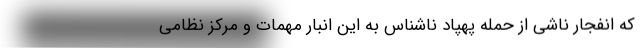
که انفجار ناشی از حمله پهپاد ناشناس به این انبار مهمات و مرکز نظامی